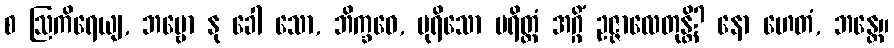
စ ဩကိရေယျ, ဘဗ္ဗော နု ခေါ သော, ဘိက္ခဝေ, ပုရိသော ပရိတ္တံ အဂ္ဂိံ ဥဇ္ဇာလေတုန္တိ? နော ဟေတံ, ဘန္တေ။